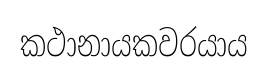
කථානායකවරයාය